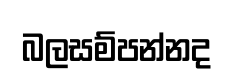
බලසම්පන්නද